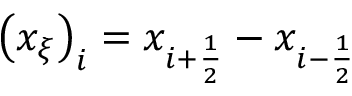
\left( x _ { \xi } \right) _ { i } = x _ { i + \frac { 1 } { 2 } } - x _ { i - \frac { 1 } { 2 } }